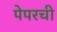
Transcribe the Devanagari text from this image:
पेपरची